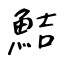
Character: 鮚